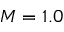
M = 1 . 0